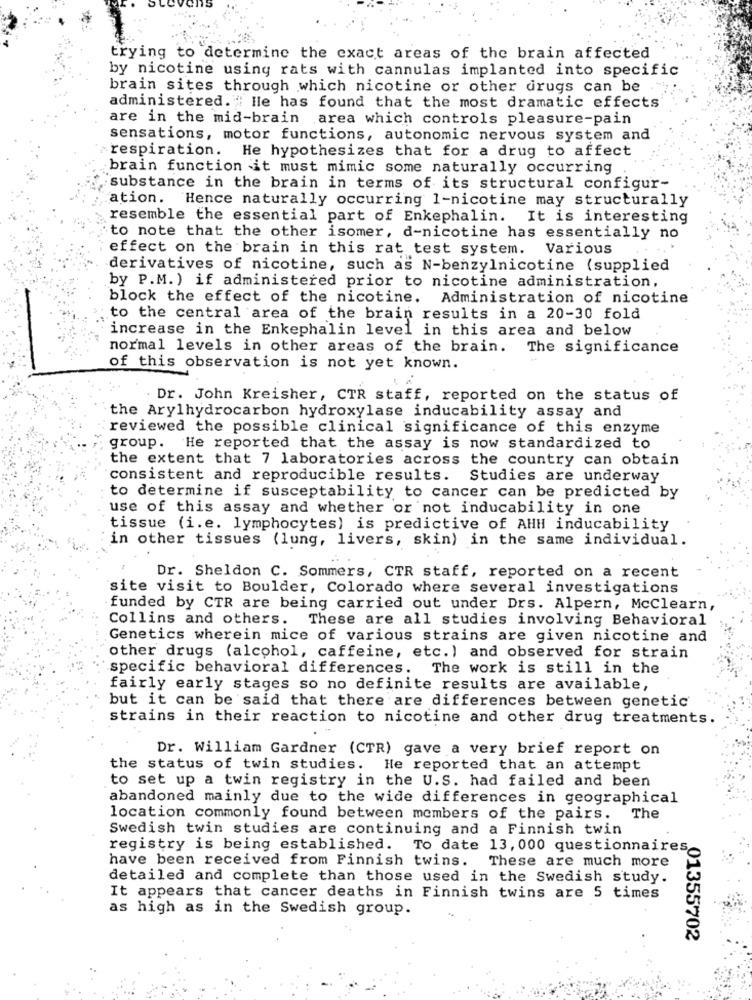
trying to determine the exact areas of the brain affected
by nicotine using rats with cannulas implanted into specific
brain sites through which nicotine or other drugs can be
administered. Ile has found that the most dramatic effects
are in the mid-brain area which controls pleasure-pain
sensations, motor functions, autonomic nervous system and
respiration.
He hypothesizes that for a drug to affect
brain function it must mimic some naturally occurring
substance in the brain in terms of its structural configur-
ation. Hence naturally occurring 1-nicotine may structurally
resemble the essential part of Enkephalin. It is interesting
to note that the other isomer, d-nicotine has essentially no
effect on the brain in this rat test system. Various
derivatives of nicotine, such as N-benzylnicotine (supplied
by P.M. ) if administered prior to nicotine administration,
block the effect of the nicotine. Administration of nicotine
to the central area of the brain results in a 20-30 fold
increase in the Enkephalin level in this area and below
normal levels in other areas of the brain. The significance
of this observation is not yet known.
. Dr. John Kreisher, CTR staff, reported on the status of
the Arylhydrocarbon hydroxylase inducability assay and
reviewed the possible clinical significance of this enzyme
group. He reported that the assay is now standardized to
the extent that 7 laboratories across the country can obtain
consistent and reproducible results. Studies are underway
to determine if susceptability to cancer can be predicted by
use of this assay and whether or not inducability in one
tissue (i.e. lymphocytes) is predictive of AHH inducability
in other tissues (lung, livers, skin) in the same individual.
Dr. Sheldon C. Sommers, CTR staff, reported on a recent
site visit to Boulder, Colorado where several investigations
funded by CTR are being carried out under Drs. Alpern, McClearn,
Collins and others. These are all studies involving Behavioral
Genetics wherein mice of various strains are given nicotine and
other drugs (alcohol, caffeine, etc. ) and observed for strain
specific behavioral differences. The work is still in the
fairly early stages so no definite results are available,
but it can be said that there are differences between genetic
strains in their reaction to nicotine and other drug treatments.
Dr. William Gardner (CTR) gave a very brief report on
the status of twin studies. He reported that an attempt
to set up a twin registry in the U.S. had failed and been
abandoned mainly due to the wide differences in geographical
location commonly found between members of the pairs. The
Swedish twin studies are continuing and a Finnish twin
registry is being established. To date 13, 000 questionnaires
These are much more
have been received from Finnish twins.
detailed and complete than those used in the Swedish study.
It appears that cancer deaths in Finnish twins are 5 times
as high as in the Swedish group.
01355702